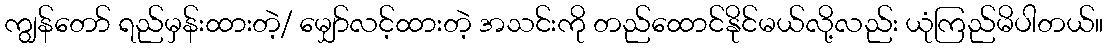
ကျွန်တော် ရည်မှန်းထားတဲ့/ မျှော်လင့်ထားတဲ့ အသင်းကို တည်ထောင်နိုင်မယ်လို့လည်း ယုံကြည်မိပါတယ်။